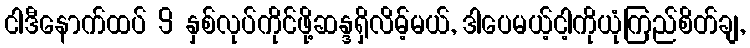
ငါဒီနောက်ထပ် 9 နှစ်လုပ်ကိုင်ဖို့ဆန္ဒရှိလိမ့်မယ်, ဒါပေမယ့်ငါ့ကိုယုံကြည်စိတ်ချ,